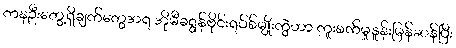
ကနဦးတွေ့ရှိချက်တွေအရ အိုမီခရွန်ဗိုင်းရပ်စ်မျိုးကွဲဟာ ကူးစက်မှုနှုန်းမြန်ဆန်ပြီး